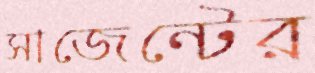
সাজেন্টের